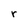
Character: r